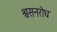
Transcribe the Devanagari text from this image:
श्वसनरोध